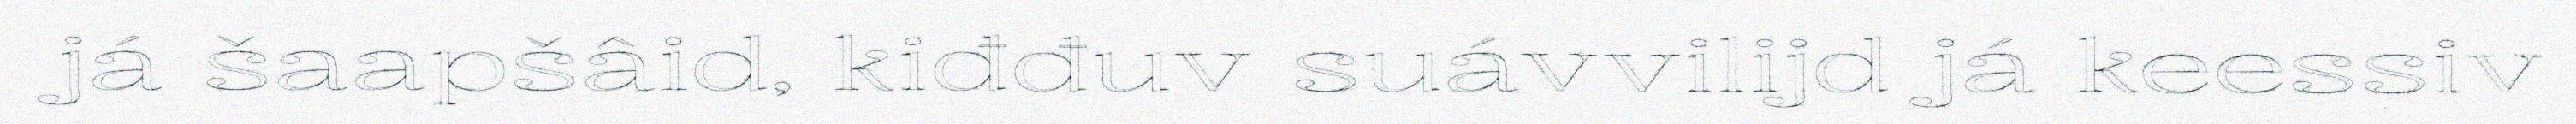
já šaapšâid, kiđđuv suávvilijd já keessiv